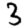
Digit: 3